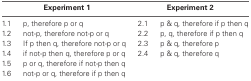
|  | Experiment 1 |  | Experiment 2 |
 | --- | --- | --- | --- |
 | 1.1 | p, therefore p or q | 2.1 | p & q, therefore if p then q |
 | 1.2 | not-p, therefore not-p or q | 2.2 | p, q, therefore if p then q |
 | 1.3 | If p then q, therefore not-p or q | 2.3 | p & q, therefore p |
 | 1.4 | if not-p then q, therefore p or q | 2.4 | p & q, therefore q |
 | 1.5 | p or q, therefore if not-p then q |  |  |
 | 1.6 | not-p or q, therefore if p then q |  |  |